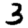
Digit: 3